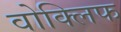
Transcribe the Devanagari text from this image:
वोक्लिफ